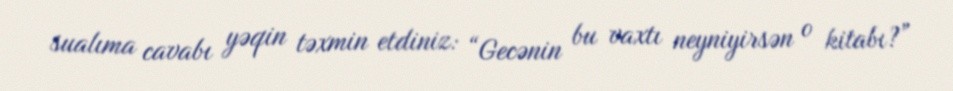
sualıma cavabı yəqin təxmin etdiniz: “Gecənin bu vaxtı neyniyirsən o kitabı?”